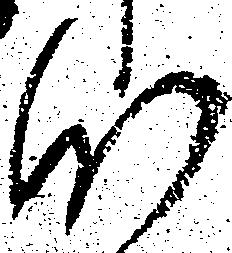
肝